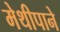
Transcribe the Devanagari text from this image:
मेथीपाने